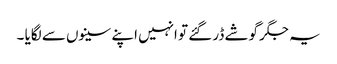
یہ جگر گوشے ڈر گئے تو انہیں اپنے سینوں سے لگایا ۔